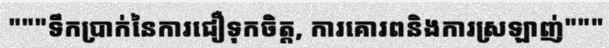
"""ទឹកប្រាក់នៃការជឿទុកចិត្ត, ការគោរពនិងការស្រឡាញ់"""